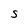
Character: S